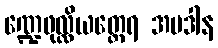
ဏ္ဍေဖုလ္လိယတ္ထေရ အပဒါန